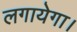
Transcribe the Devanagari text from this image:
लगायेगा।